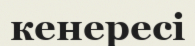
кенересі